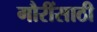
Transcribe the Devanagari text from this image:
गौरींसाठी